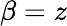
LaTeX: \beta=z